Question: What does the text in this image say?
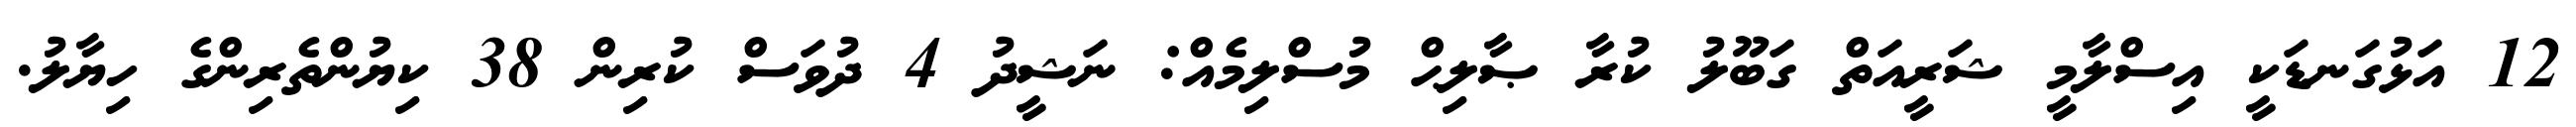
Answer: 12 އަޅުގަނޑަކީ އިސްލާމީ ޝަރީއަތް ގަބޫލު ކުރާ ޞާލިޙް މުސްލިމެއް: ނަޝީދު 4 ދުވަސް ކުރިން 38 ކިޔުންތެރިންގެ ހިޔާލު.